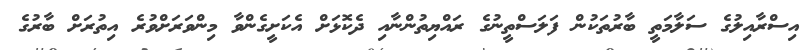
އިސްރާއިލުގެ ސަލާމަތީ ބާރުތަކުން ފަލަސްތީނުގެ ރައްޔިތުންނާއި ދެކޮޅަށް އެކަށީގެންވާ މިންވަރަށްވުރެ އިތުރަށް ބާރުގެ